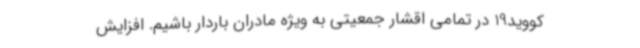
کووید19 در تمامی اقشار جمعیتی به ویژه مادران باردار باشیم. افزایش